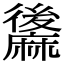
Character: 䵈